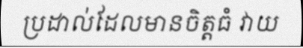
ប្រដាល់ដែលមានចិត្តធំ វាយ